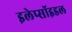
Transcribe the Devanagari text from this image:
इलेप्सॉइडल